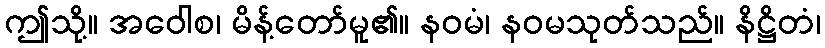
ဤသို့။ အဝေါစ၊ မိန့်တော်မူ၏။ နဝမံ၊ နဝမသုတ်သည်။ နိဋ္ဌိတံ၊